Scientific memoirs by medical officers of the Army of India - Part XI,
Year: 1898
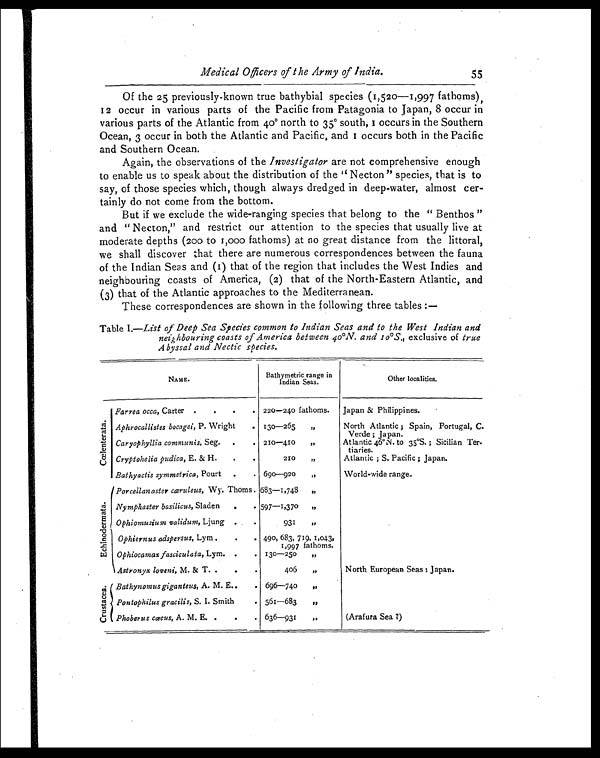
Medical Officers of the Army of India.
55
Of the 25 previously-known true bathybial species (1,520—1,997 fathoms),
1 2 o c c u r i n v a r i o u s p a r t s o f t h e P a c i f i c f r o m P a t a g o n i a t o J a p a n , 8 o c c u r i n
various parts of the Atlantic from 40° north to 35° south, I occurs in the Southern
Ocean, 3 occur in both the Atlantic and Pacific, and I occurs both in the Pacific
and Southern Ocean.
Again, the observations of the Investigator are not comprehensive enough
to enable us to speak about the distribution of the " Necton " species, that is to
say, of those species which, though always dredged in deep-water, almost cer-
tainly do not come from the bottom.
But if we exclude the wide-ranging species that belong to the " Benthos "
and " Necton," and restrict our attention to the species that usually live at
moderate depths (200 to 1,000 fathoms) at no great distance from the littoral,
we shall discover that there are numerous correspondences between the fauna
of the Indian Seas and (I) that of the region that includes the West Indies and
neighbouring coasts of America, (2) that of the North-Eastern Atlantic, and
(3) that of the Atlantic approaches to the Mediterranean.
These correspondences are shown in the following three tables:—
Table I .—List of Deep Sea Species common to Indian Seas and to the West Indian and
neighbouring coasts of America between 40ºN. and 10ºS., exclusive of true
Abyssal and Nectic species.
NAME.
Bathymetric range in
Indian Seas.
Other localities.
C œ l e n t e r a t a .
Farrea occa, Carter .
.
.
. 220—240 fathoms.
Japan & Philippines.
Aphrocallistes bocagei, P. Wright
. 130—265
„
North Atlantic; Spain, Portugal, C.
Verde; Japan.
Caryophyllia communis, Seg.
. . 210—410
,,
Atlantic 46°N. to 35°S.; Sicilian Ter-
tiaries.
Cryptohelia pudica, E. & H.
.
.
210
, ,
Atlantic; S. Pacific; Japan.
Bathyactis symmetrica, Pourt .
. 690—920
„
World-wide range.
E c h i n o d e r m a t a .
Porcellanaster cæruleus, Wy. Thoms . 683—1,748
„
Nymphaster basilicus, Sladen
. . 597-1,370
,,
Ophiomusium validum, Ljung .
.
931
,,
Ophiernus adspersus, Lym .
.
. 490, 683, 719, 1,043,
1,997 fathoms.
Ophiocamax fasciculata, Lym. .
. 130—250
„
Astronyx loveni, M. & T. .
.
.
406
,,
North European Seas: Japan.
C r u s t a c e a Bathynomus giganteus, A. M. E..
. 696—740
, ,
Pontophilus gracilis, S. I. Smith
. 561—683
„
Phoberus cœcus, A. M. E. .
. . 636—931
„
(Arafura Sea ?)